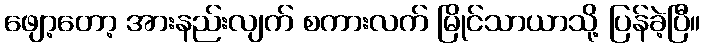
ဖျော့တော့ အားနည်းလျက် စကားလက် မြိုင်သာယာသို့ ပြန်ခဲ့ပြီ။